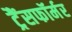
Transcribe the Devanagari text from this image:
ट्रैंसफॉर्मर